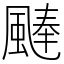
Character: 𩗴